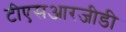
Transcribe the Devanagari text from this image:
टीएसआरजीडी